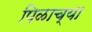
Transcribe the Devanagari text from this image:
पिळाच्या